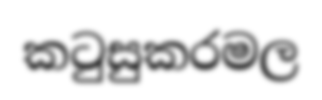
කටුසුකරමල